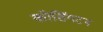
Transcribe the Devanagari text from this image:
कोसिंगटन